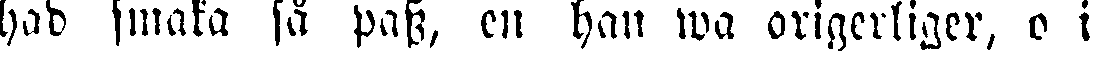
had smaka så pass, en han wa origerliger, o i